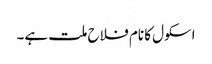
اسکول کا نام فلاح ملت ہے۔